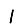
Digit: 1